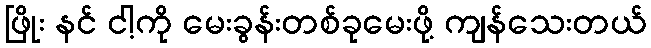
ဖြိုး နင် ငါ့ကို မေးခွန်းတစ်ခုမေးဖို့ ကျန်သေးတယ်